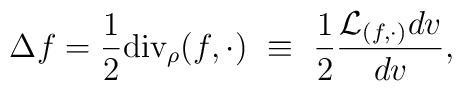
\Delta f =\frac{1}{2}{\mbox{\rm div}}_{\rho}(f,\cdot)~\equiv~ \frac{1}{2}\frac{{\cal L}_{(f,\cdot)} dv}{dv},